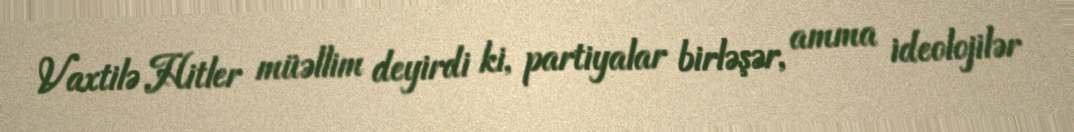
Vaxtilə Hitler müəllim deyirdi ki, partiyalar birləşər, amma ideolojilər